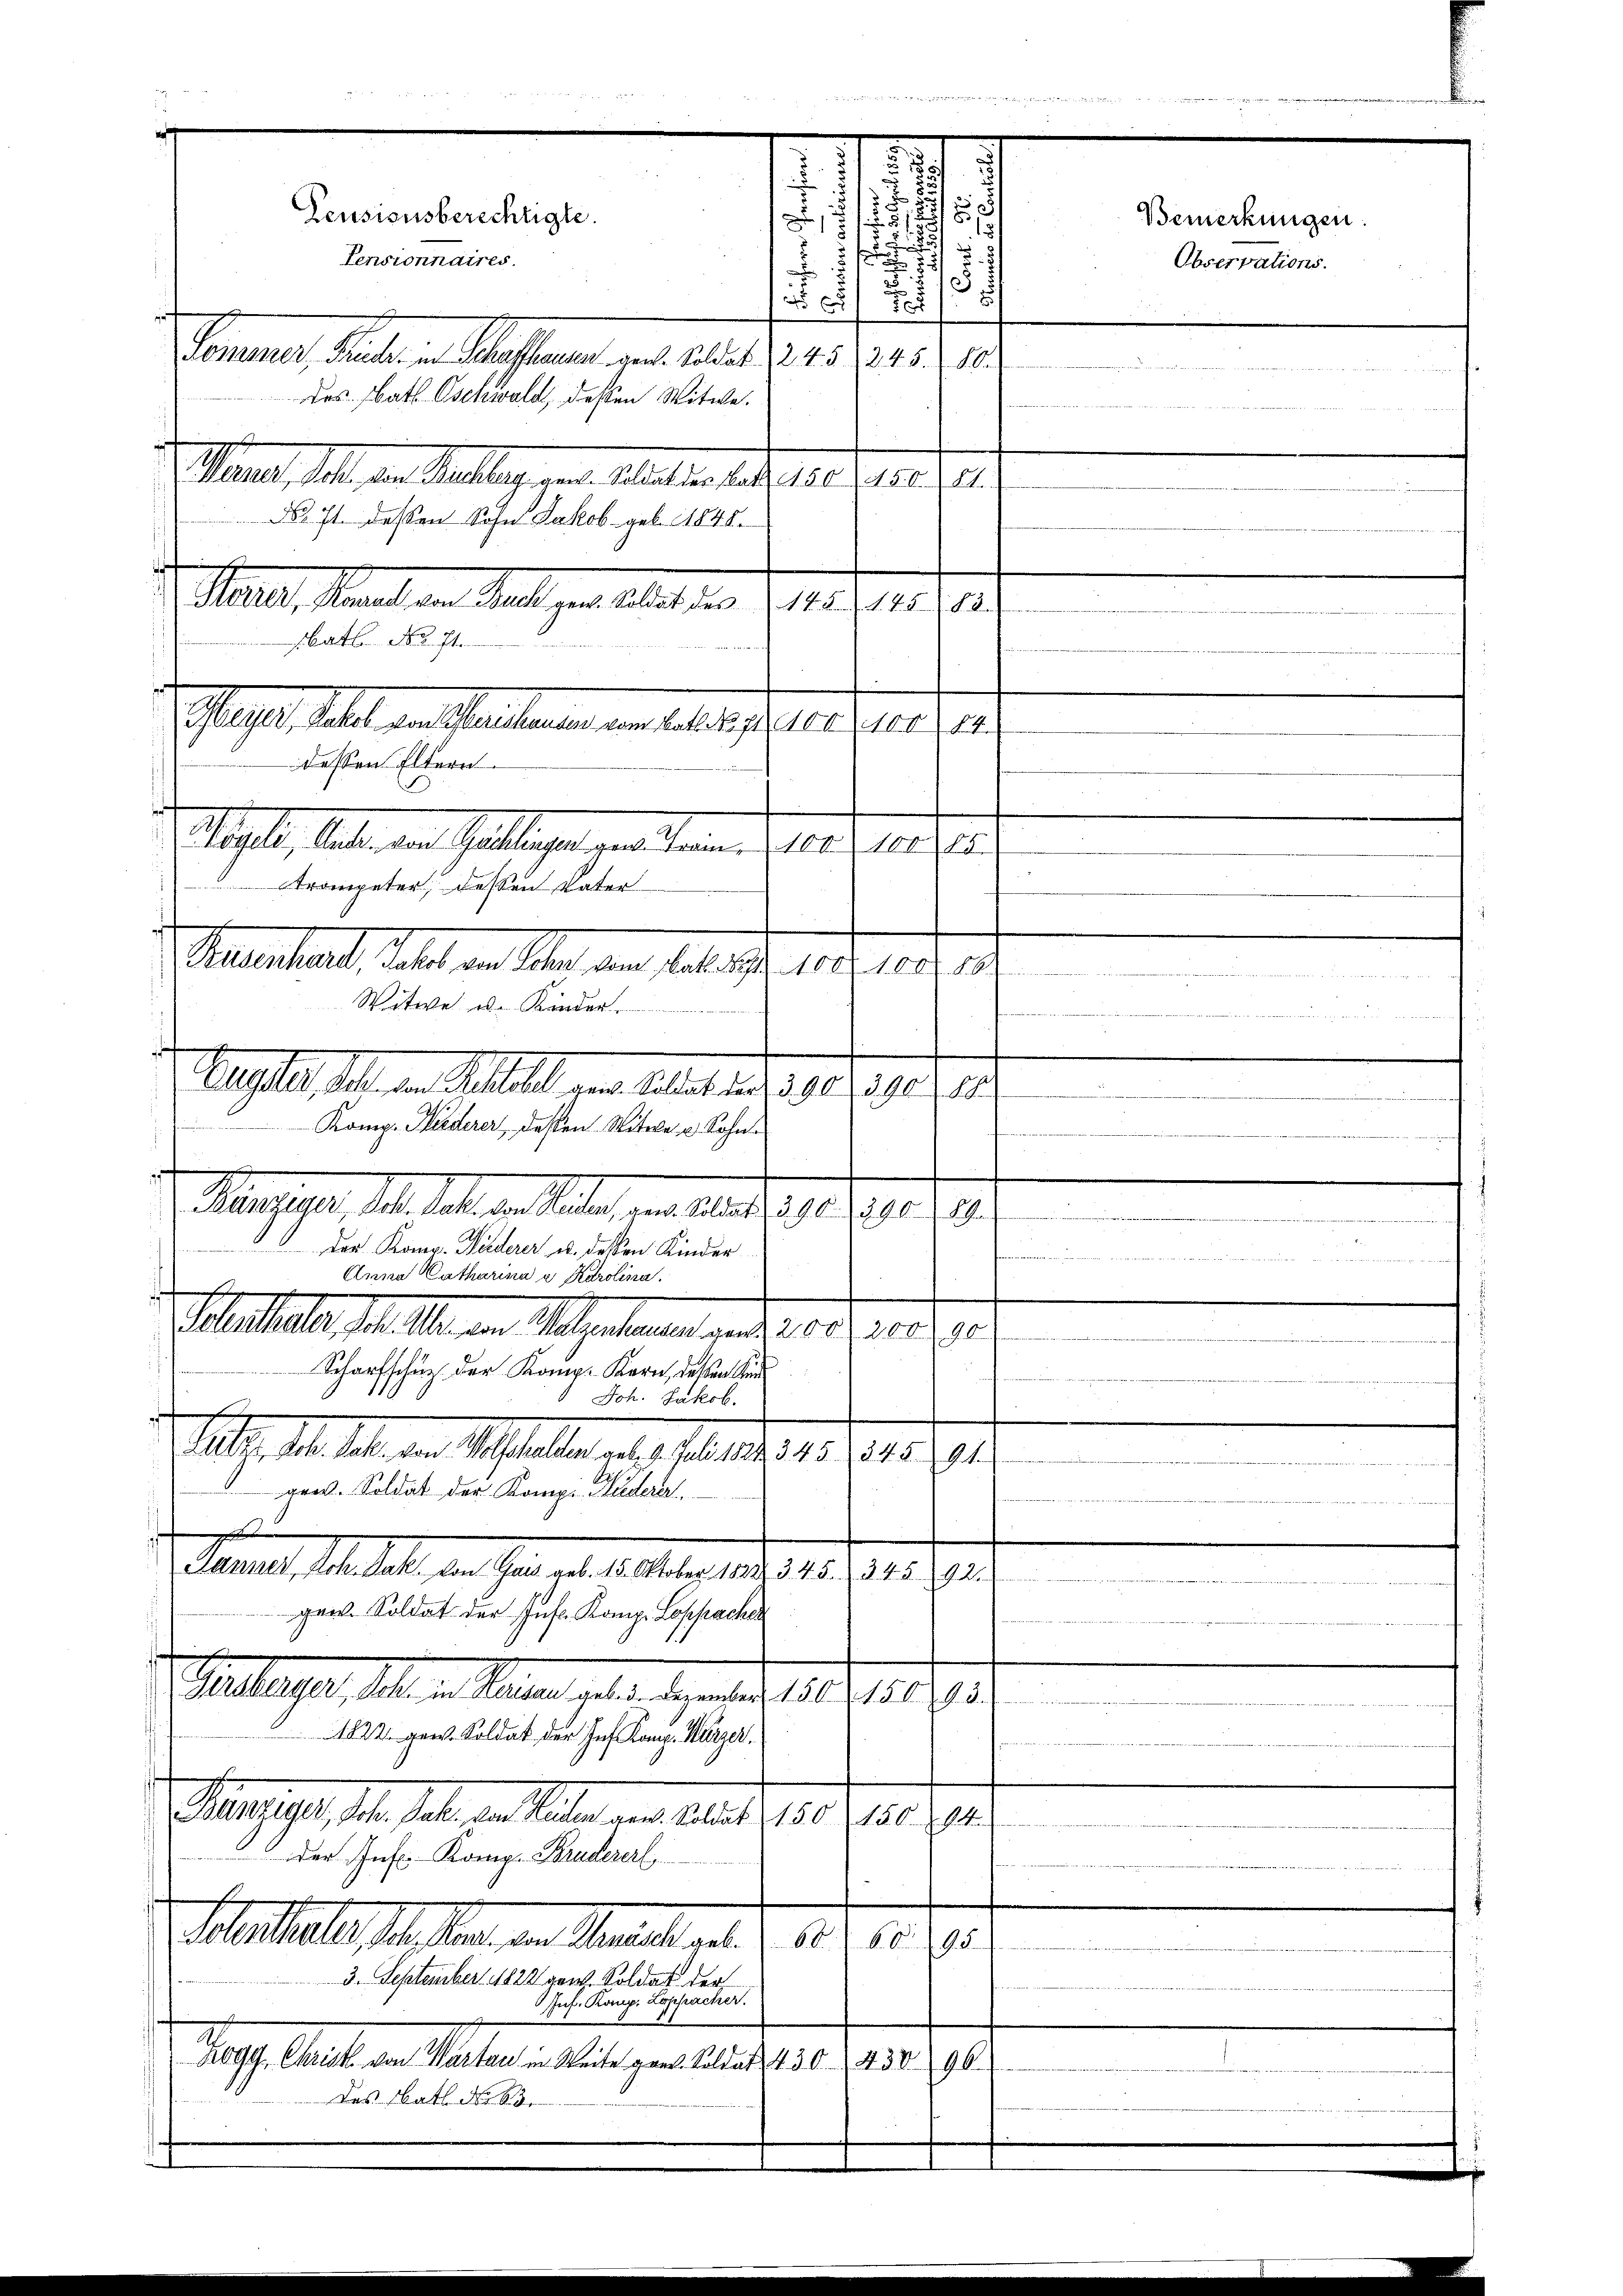
Peusionsberechtigte.

Pensionnaires.
Sterner selben Seiten der aus gerer Ges.
er
des Rath Oschwald, dessen Witwe.
Salat, das die Stellig und Mutter setze er a. g.
Nr. 71 dessen Sohn Jakob geb. 1848.
2. Mai, Kanal an Fall der als 20. d. 141. 714. 11.
rbatt No. 71.
Pflegt halt an Seiteren in eines seine Gerade i
dessen Eltern
Mehl, haben der Gattigen verscheinen habe, et
Trompeter, dessen Vater
nenheit, dass in der an betrachte sehnen
Witwe die Kinder.
e
1
Aufl. 14. d. Statt der Abstrath 1812. 91. 19

Komp. Heiderer, deßen Witwe u. Sohn
Mangegen, das hat, das habe, an den d. 199, 10,00
Der Komp. Fuderer u. dessen Kinder
 en
Anna Catharina u. Karolina.
Festhalte M. bei den Malentanen und 10. d. 108. 10.

Scharfschuz der Komp. Kern, deßen Kin
Joh. Jakob.
Frh. d. M. den Stelle als aus der 1791. 191.
45, mit 444, 1, wiede
gret. Soldat der Komp. Häderar
Sanats die hat, die hern alle aber des 15. 71. 19.
i
gen. Soldat der Infe. Komp. Loppacher
Zulage. M. v. Mauern getan. 1. unter 1817. 1891
1822 gen. Soldat der Ins Komp. Wurzer.
S 1901, d. Js. da haben am 12. d. 150 f 18 194
der Infe Komp. Brudererl
Matthalt, Stellen an Marialrat J. Ao. 1891
3. September 1822 ganz. Soldat der
Inf. Komp. Lappacher.
Zegg, Christ von Parten in Weite von. Soldate 130. 438. 190
des Rath der S

e
.
2
2
5
u
171

i

1
Observations.
.
3/3 8

Bemerkungen.

t

e